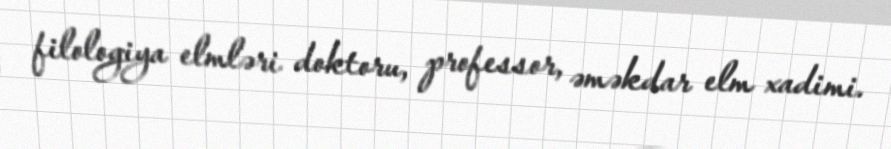
filologiya elmləri doktoru, professor, əməkdar elm xadimi.